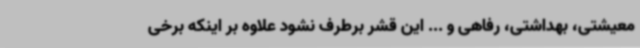
معیشتی، بهداشتی، رفاهی و ... این قشر برطرف نشود علاوه بر اینکه برخی